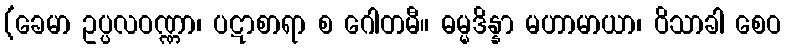
(ခေမာ ဥပ္ပလဝဏ္ဏာ၊ ပဋာစာရာ စ ဂေါတမီ။ ဓမ္မဒိန္နာ မဟာမာယာ၊ ဝိသာခါ စေဝ